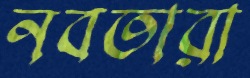
নবতারা